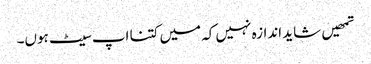
تمھیں شاید اندازہ نہیں کہ میں کتنا اپ سیٹ ہوں۔